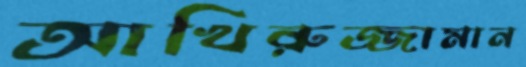
আখিরুজ্জামান